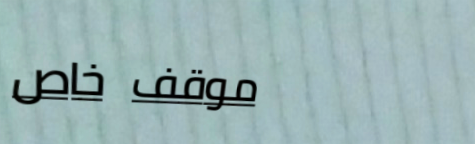
موقف خاص